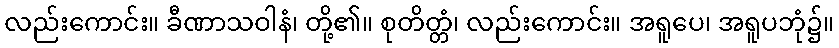
လည်းကောင်း။ ခီဏာသဝါနံ၊ တို့၏။ စုတိတ္တံ၊ လည်းကောင်း။ အရူပေ၊ အရူပဘုံ၌။